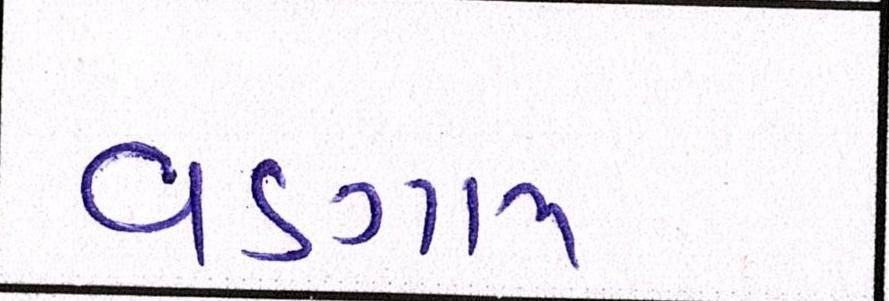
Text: વડગામ